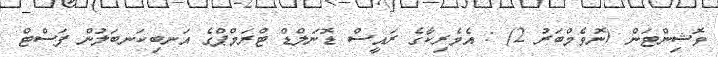
ވޮޝިންޓަން (ނޮވެމްބަރު 2) : އެމެރިކާގެ ރައީސް ޑޮނަލްޑް ޓްރަމްޕްގެ އަނބިކަނބަލުން ފަސްޓް